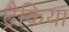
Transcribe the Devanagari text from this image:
ट्रैकिया